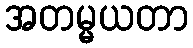
အတမ္မယတာ